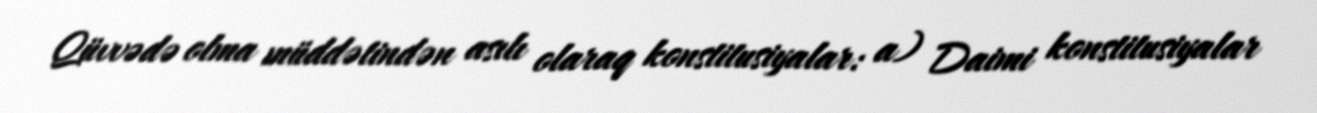
Qüvvədə olma müddətindən asılı olaraq konstitusiyalar: a) Daimi konstitusiyalar